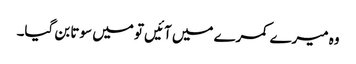
وہ میرے کمرے میں آئیں تو میں سوتا بن گیا۔